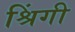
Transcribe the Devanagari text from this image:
श्रिंगी